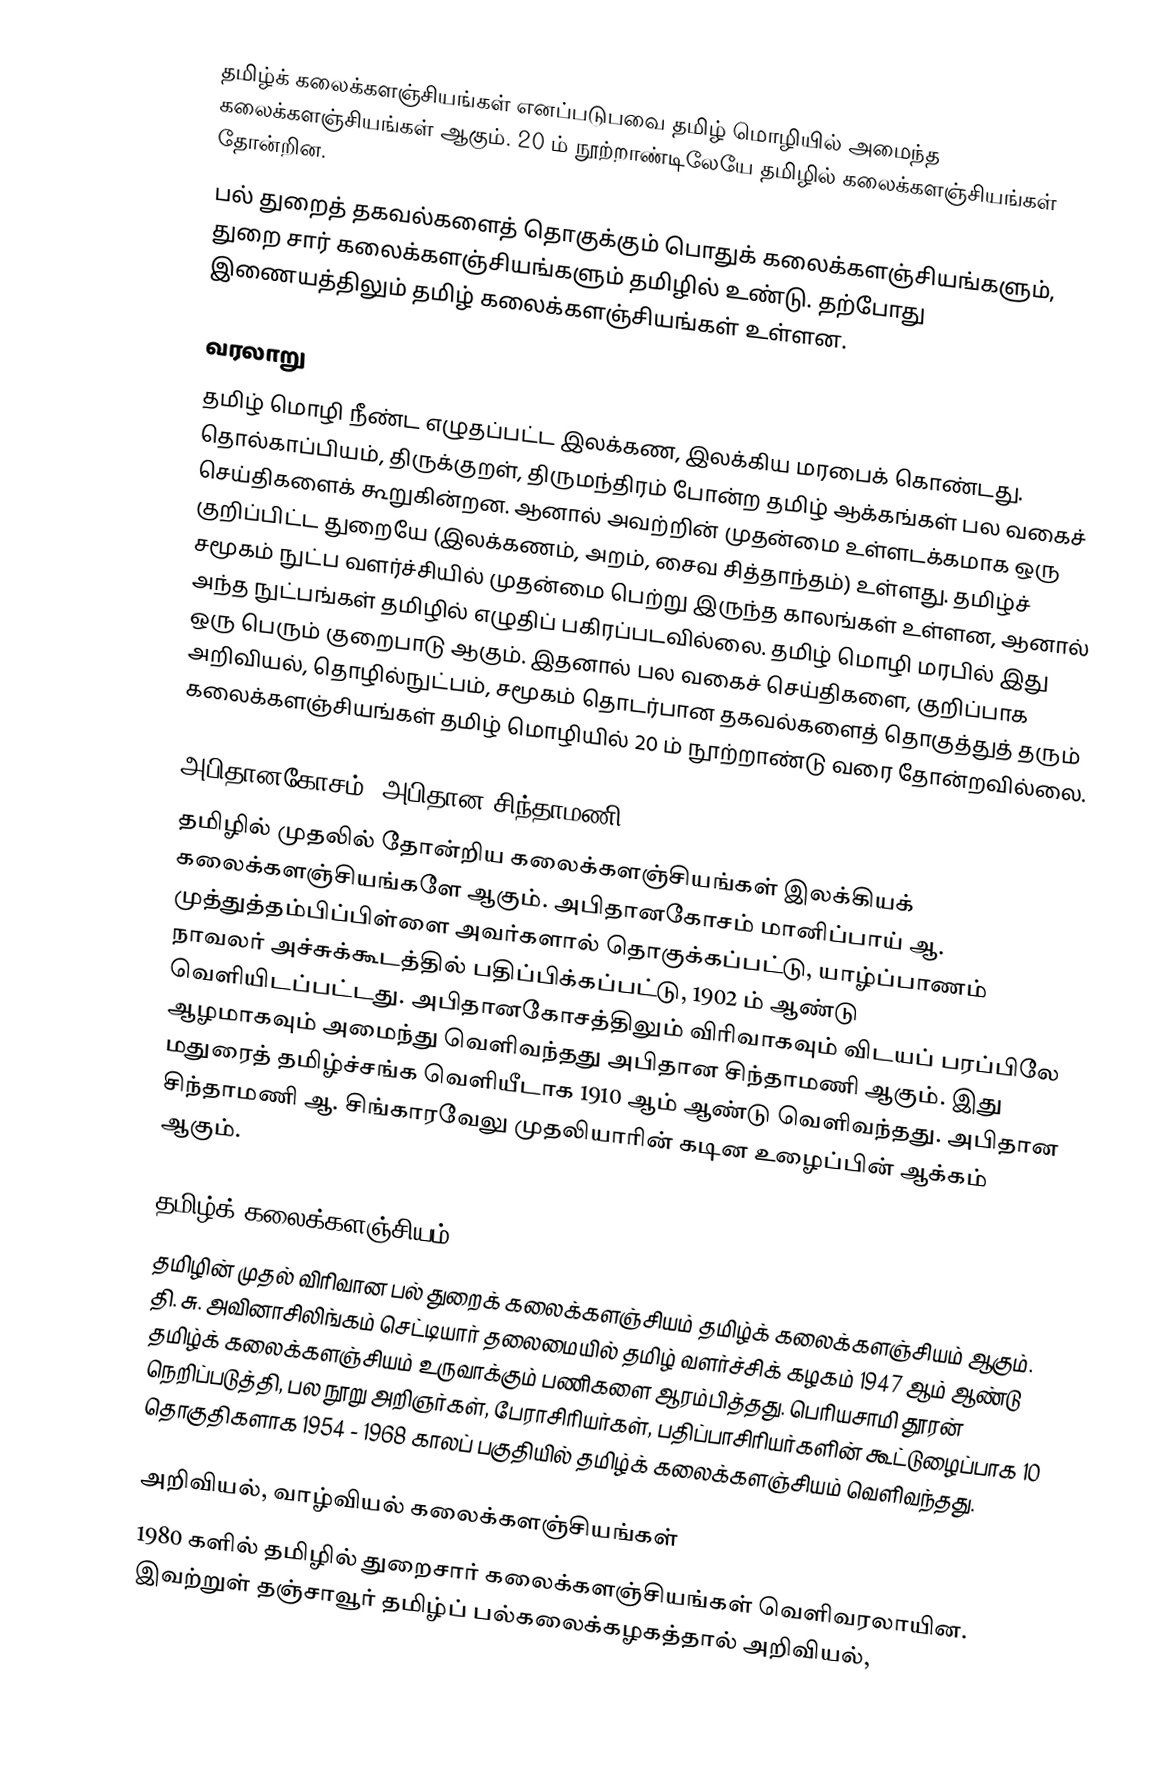
தமிழ்க் கலைக்களஞ்சியங்கள் எனப்படுபவை தமிழ் மொழியில் அமைந்த கலைக்களஞ்சியங்கள் ஆகும்.  20 ம் நூற்றாண்டிலேயே தமிழில் கலைக்களஞ்சியங்கள் தோன்றின.
பல் துறைத் தகவல்களைத் தொகுக்கும் பொதுக் கலைக்களஞ்சியங்களும், துறை சார் கலைக்களஞ்சியங்களும் தமிழில் உண்டு.  தற்போது இணையத்திலும் தமிழ் கலைக்களஞ்சியங்கள் உள்ளன.

வரலாறு
தமிழ் மொழி நீண்ட எழுதப்பட்ட இலக்கண, இலக்கிய மரபைக் கொண்டது.  தொல்காப்பியம், திருக்குறள், திருமந்திரம் போன்ற தமிழ் ஆக்கங்கள் பல வகைச் செய்திகளைக் கூறுகின்றன.  ஆனால் அவற்றின் முதன்மை உள்ளடக்கமாக ஒரு குறிப்பிட்ட துறையே (இலக்கணம், அறம், சைவ சித்தாந்தம்) உள்ளது.  தமிழ்ச் சமூகம் நுட்ப வளர்ச்சியில் முதன்மை பெற்று இருந்த காலங்கள் உள்ளன, ஆனால் அந்த நுட்பங்கள் தமிழில் எழுதிப் பகிரப்படவில்லை.  தமிழ் மொழி மரபில் இது ஒரு பெரும் குறைபாடு ஆகும்.  இதனால் பல வகைச் செய்திகளை, குறிப்பாக அறிவியல், தொழில்நுட்பம், சமூகம் தொடர்பான தகவல்களைத் தொகுத்துத் தரும் கலைக்களஞ்சியங்கள் தமிழ் மொழியில் 20 ம் நூற்றாண்டு வரை தோன்றவில்லை.

அபிதானகோசம், அபிதான சிந்தாமணி
தமிழில் முதலில் தோன்றிய கலைக்களஞ்சியங்கள் இலக்கியக் கலைக்களஞ்சியங்களே ஆகும்.  அபிதானகோசம் மானிப்பாய் ஆ. முத்துத்தம்பிப்பிள்ளை அவர்களால் தொகுக்கப்பட்டு, யாழ்ப்பாணம் நாவலர் அச்சுக்கூடத்தில் பதிப்பிக்கப்பட்டு, 1902 ம் ஆண்டு வெளியிடப்பட்டது.  அபிதானகோசத்திலும் விரிவாகவும் விடயப் பரப்பிலே ஆழமாகவும் அமைந்து வெளிவந்தது அபிதான சிந்தாமணி ஆகும்.  இது மதுரைத் தமிழ்ச்சங்க வெளியீடாக 1910 ஆம் ஆண்டு வெளிவந்தது.  அபிதான சிந்தாமணி ஆ. சிங்காரவேலு முதலியாரின் கடின உழைப்பின் ஆக்கம் ஆகும்.

தமிழ்க் கலைக்களஞ்சியம்
தமிழின் முதல் விரிவான பல் துறைக் கலைக்களஞ்சியம் தமிழ்க் கலைக்களஞ்சியம் ஆகும்.  தி. சு. அவினாசிலிங்கம் செட்டியார் தலைமையில் தமிழ் வளர்ச்சிக் கழகம் 1947 ஆம் ஆண்டு தமிழ்க் கலைக்களஞ்சியம் உருவாக்கும் பணிகளை ஆரம்பித்தது.  பெரியசாமி தூரன் நெறிப்படுத்தி, பல நூறு அறிஞர்கள், பேராசிரியர்கள், பதிப்பாசிரியர்களின் கூட்டுழைப்பாக 10 தொகுதிகளாக 1954 - 1968 காலப் பகுதியில் தமிழ்க் கலைக்களஞ்சியம் வெளிவந்தது.

அறிவியல், வாழ்வியல் கலைக்களஞ்சியங்கள்
1980 களில் தமிழில் துறைசார் கலைக்களஞ்சியங்கள் வெளிவரலாயின.  இவற்றுள்  தஞ்சாவூர் தமிழ்ப் பல்கலைக்கழகத்தால் அறிவியல்,